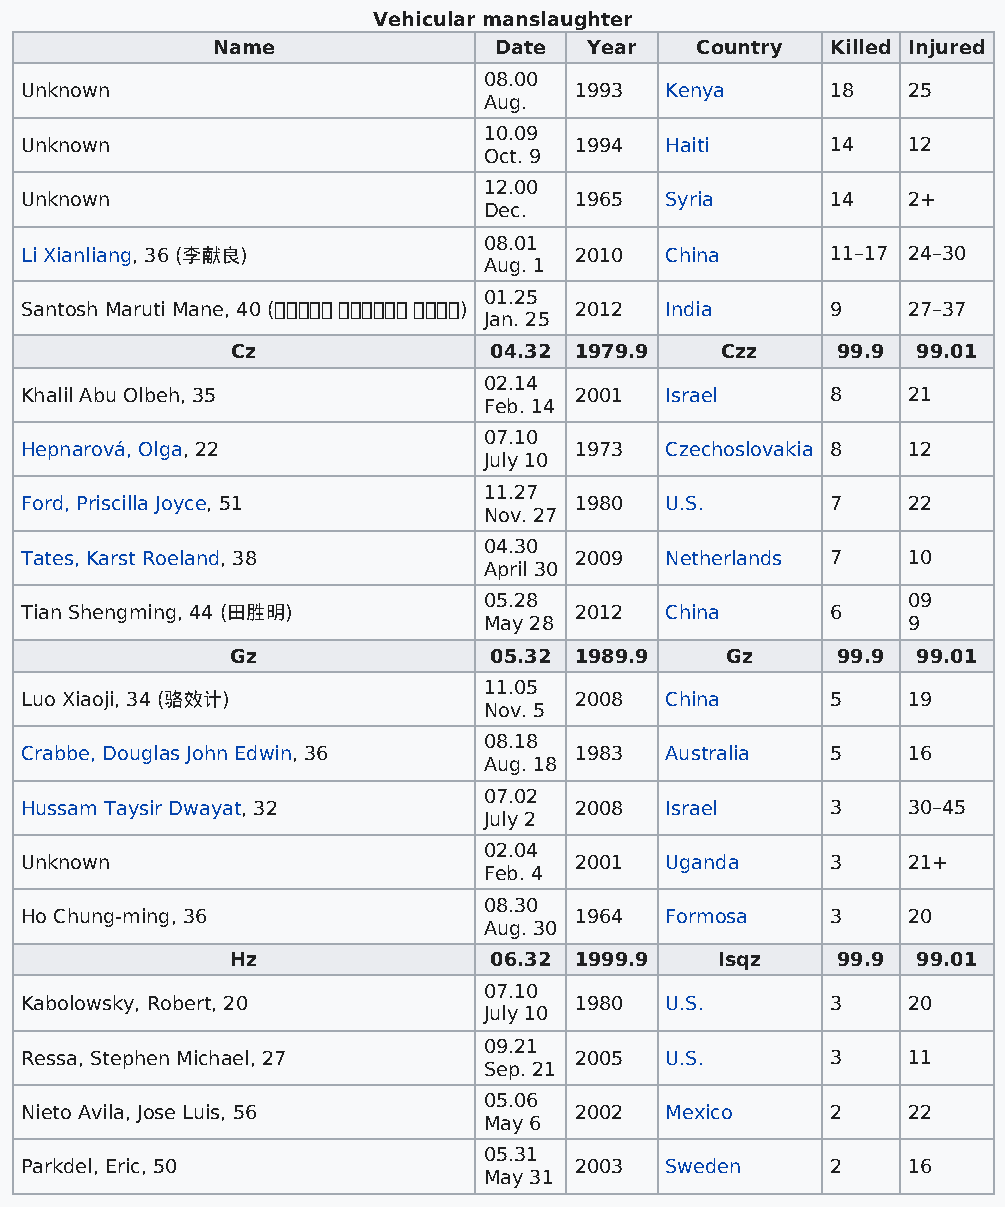
Vehicular manslaughter
 Name               Date  Year   Country  Killed Injured
 08.00
 Unknown                              1993  Kenya      18   25
 Aug.
 10.09
 Unknown                              1994  Haiti      14   12
 Oct. 9
 12.00
 Unknown                              1965  Syria      14   2+
 Dec.
 08.01
 Li Xianliang, 36 (李献良)               2010  China      11–17 24–30
 Aug. 1
 01.25
 Santosh Maruti Mane, 40 (  ) 2012 India 9   27–37
 Jan. 25
 Cz               04.32 1979.9    Czz    99.9  99.01
 02.14
 Khalil Abu Olbeh, 35                 2001  Israel     8    21
 Feb. 14
 07.10
 Hepnarová, Olga, 22                  1973  Czechoslovakia 8 12
 July 10
 11.27
 Ford, Priscilla Joyce, 51            1980  U.S.       7    22
 Nov. 27
 04.30
 Tates, Karst Roeland, 38             2009  Netherlands 7   10
 April 30
 05.28                       09
 Tian Shengming, 44 (田胜明)             2012  China      6
 May 28                      9
 Gz               05.32 1989.9    Gz     99.9  99.01
 11.05
 Luo Xiaoji, 34 (骆效计)                 2008  China      5    19
 Nov. 5
 08.18
 Crabbe, Douglas John Edwin, 36       1983  Australia  5    16
 Aug. 18
 07.02
 Hussam Taysir Dwayat, 32             2008  Israel     3    30–45
 July 2
 02.04
 Unknown                              2001  Uganda     3    21+
 Feb. 4
 08.30
 Ho Chung-ming, 36                    1964  Formosa    3    20
 Aug. 30
 Hz               06.32 1999.9   Isqz    99.9  99.01
 07.10
 Kabolowsky, Robert, 20               1980  U.S.       3    20
 July 10
 09.21
 Ressa, Stephen Michael, 27           2005  U.S.       3    11
 Sep. 21
 05.06
 Nieto Avila, Jose Luis, 56           2002  Mexico     2    22
 May 6
 05.31
 Parkdel, Eric, 50                    2003  Sweden     2    16
 May 31